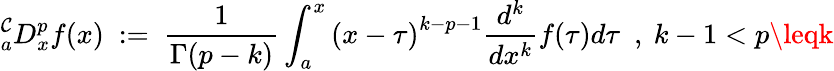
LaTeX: {}_{a}^{\mathcal{C}}D_{x}^{p}f(x)~:=~{\frac{{1}}{{\Gamma(p-k)}}}\int_{a}^{x}{(x-\tau)}^{k-p-1}{\frac{{d^{k}}}{{dx^{k}}}}f(\tau)d\tau~~,~k-1<p\leqk